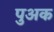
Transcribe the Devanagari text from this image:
पुअक